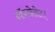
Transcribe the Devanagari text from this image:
ऑक्सेलेट।